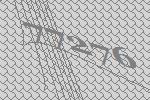
77276